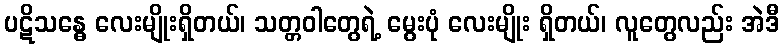
ပဋိသန္ဓေ လေးမျိုးရှိတယ်၊ သတ္တဝါတွေရဲ့ မွေးပုံ လေးမျိုး ရှိတယ်၊ လူတွေလည်း အဲဒီ